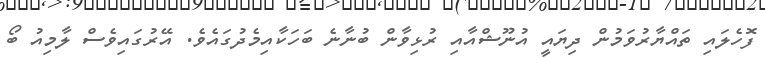
ފޮހެލައި ތައްޔާރުވަމުން ދިޔައީ އުނޫޝްއާއި ރުޅިވާން ބުނާނެ ބަހަކާއިމެދުގައެވެ. އޭރުގައިވެސް ލާމިއު ބޯ